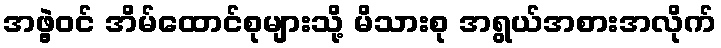
အဖွဲ့ဝင် အိမ်ထောင်စုများသို့ မိသားစု အရွယ်အစားအလိုက်